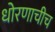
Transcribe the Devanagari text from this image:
धोरणाचीच